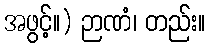
အဖွင့်။) ဉာဏံ၊ တည်း။